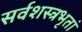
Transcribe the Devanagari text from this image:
सर्वशस्त्रभृतां